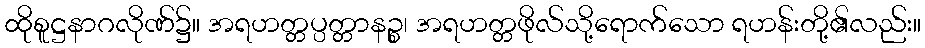
ထိုစူဋ္ဌနာဂလိုဏ်၌။ အရဟတ္တပ္ပတ္တာနဉ္စ၊ အရဟတ္တဖိုလ်သို့ရောက်သော ရဟန်းတို့၏လည်း။